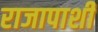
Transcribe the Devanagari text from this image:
राजापाशी